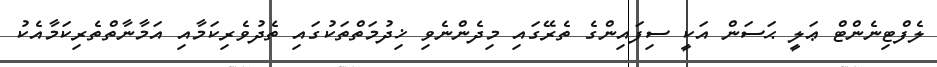
ލެފްޓިނެންޓް ޢަލީ ޙަސަން އަކީ ސިފައިންގެ ތެރޭގައި މިދެންނެވި ޚިދުމަތްތަކުގައި ތެދުވެރިކަމާއި އަމާނާތްތެރިކަމާއެކު